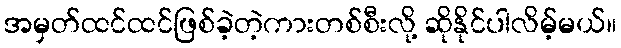
အမှတ်ထင်ထင်ဖြစ်ခဲ့တဲ့ကားတစ်စီးလို့ ဆိုနိုင်ပါလိမ့်မယ်။